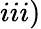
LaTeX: iii)